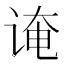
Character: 𫍫